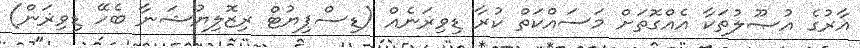
އާރުގެ އުޞޫލުތަކާ އެއްގޮތަށް މަސައްކަތް ކުރާ ޑިވިޜަނެއް (ޑިސްޕިޔުޓް ރިޒޮލިޔުޝަނާ ބެހޭ ޑިވިޜަން)